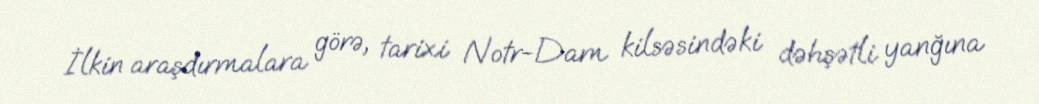
İlkin araşdırmalara görə, tarixi Notr-Dam kilsəsindəki dəhşətli yanğına